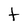
Character: t